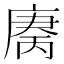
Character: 𫷻